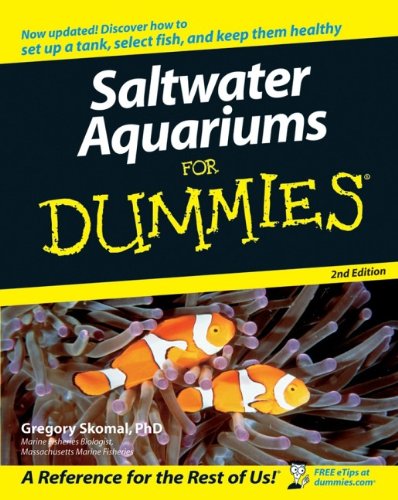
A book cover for Saltwater Aquariums For Dummies; Gregory Skomal; Crafts, Hobbies & Home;